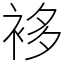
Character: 袳